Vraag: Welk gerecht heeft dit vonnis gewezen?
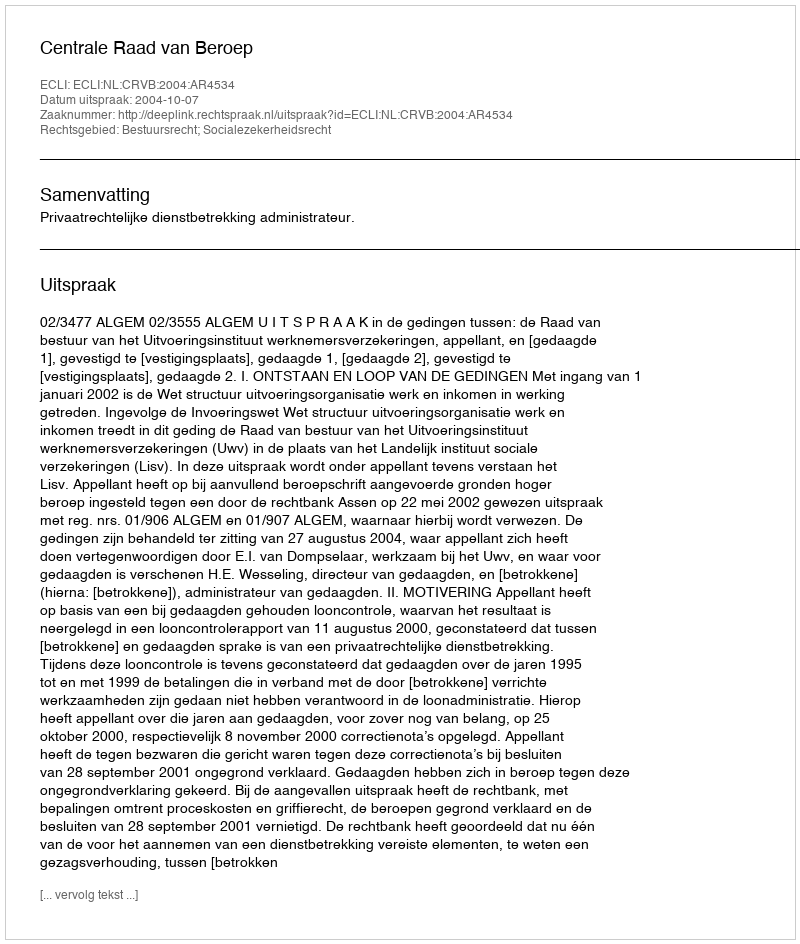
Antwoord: Centrale Raad van Beroep